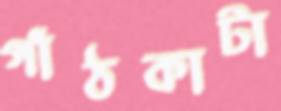
গাঁঠকাটা